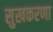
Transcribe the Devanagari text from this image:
सुखकरणा